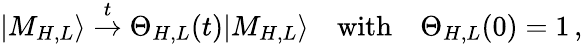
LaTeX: |M_{H,L}\rangle\stackrel{t}{\to}\Theta_{H,L}(t)|M_{H,L}\rangle\quad\mathrm{with}\quad\Theta_{H,L}(0)=1\, ,